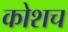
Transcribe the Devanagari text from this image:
कोशच